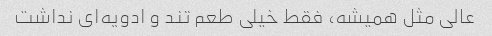
عالی مثل همیشه، فقط خیلی طعم تند و ادویه‌ای نداشت